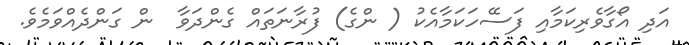
އަދި އޯގާވެރިކަމާއި ފަސޭހަކަމާއެކު ( ންގެ) ފުރާނަތައް ގެންދަވާ  ން ގަންދެއްވަމެވެ.